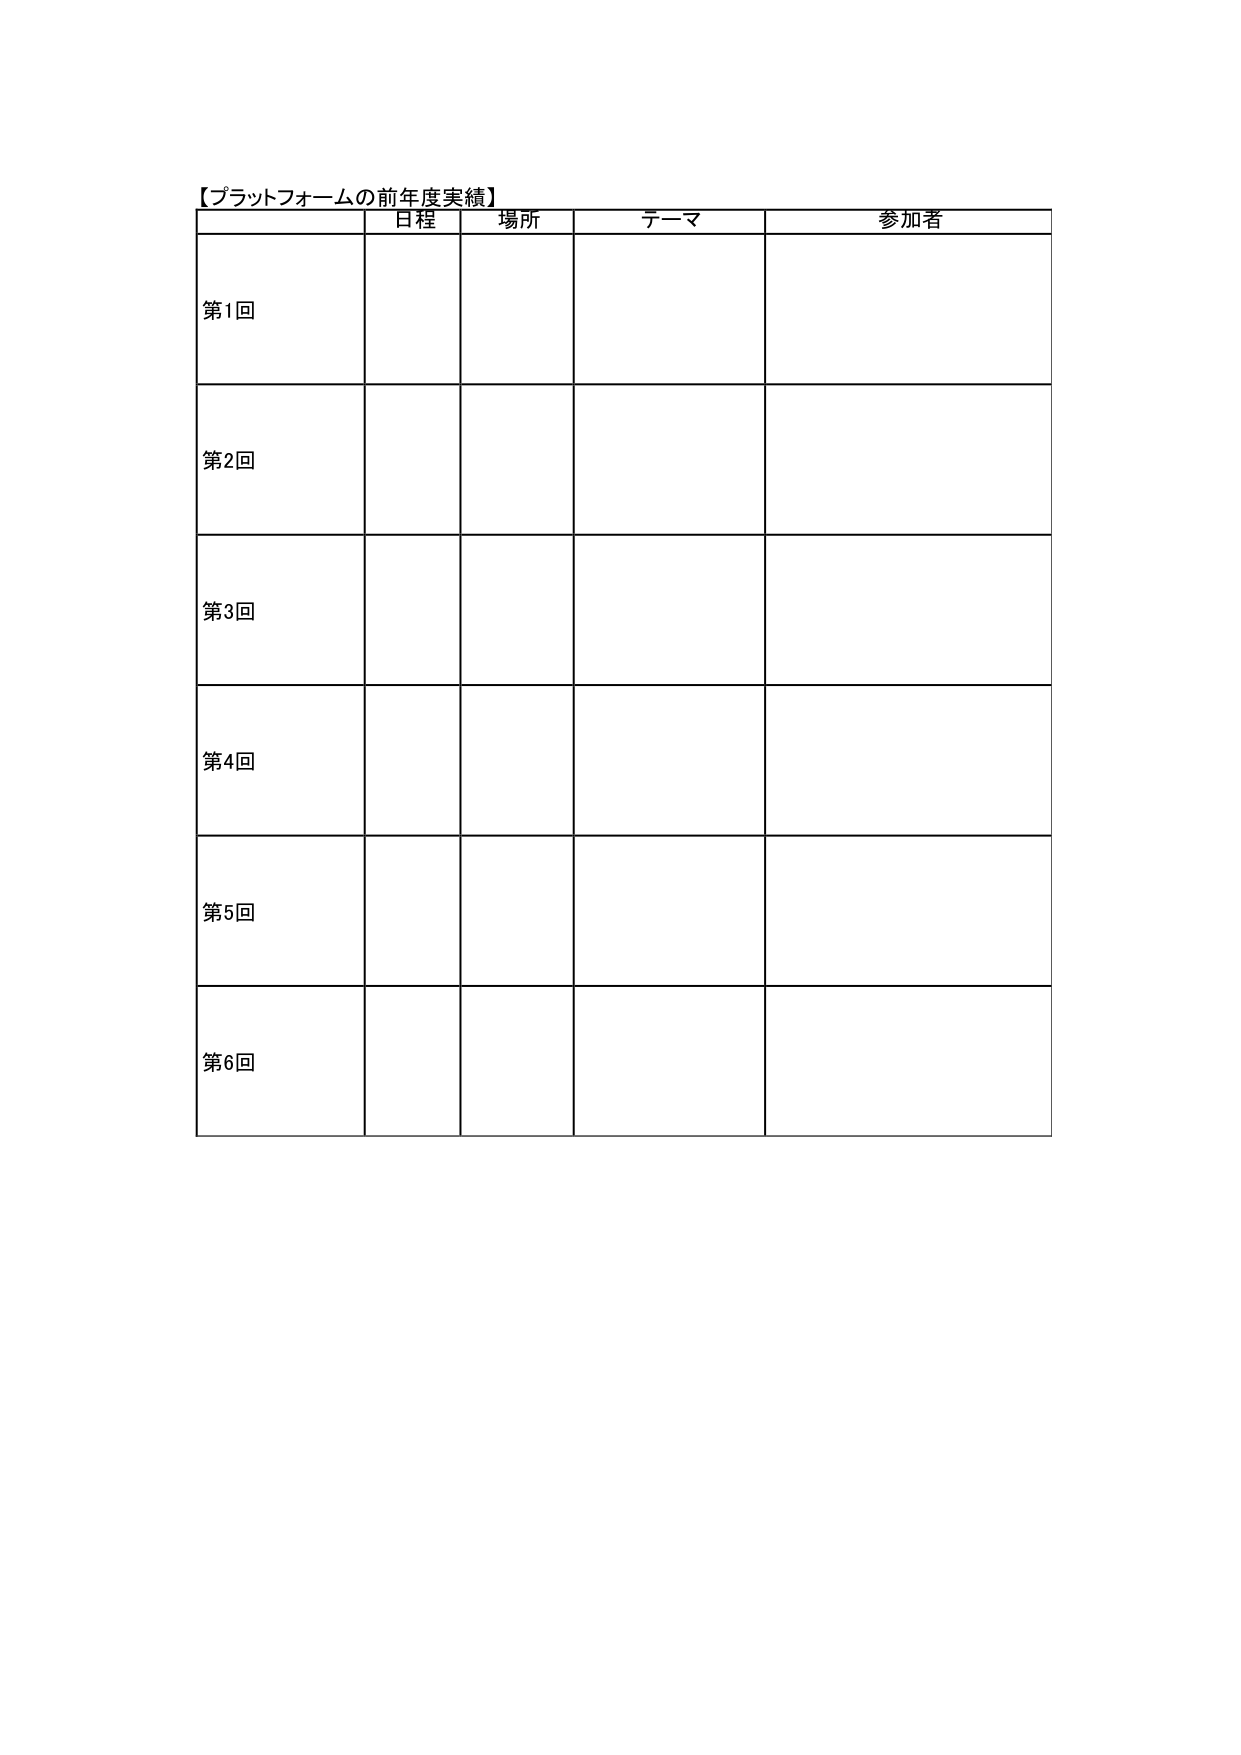
【プラットフォームの前年度実績】
日程 場所 テーマ 参加者
第1回
第2回
第3回
第4回
第5回
第6回